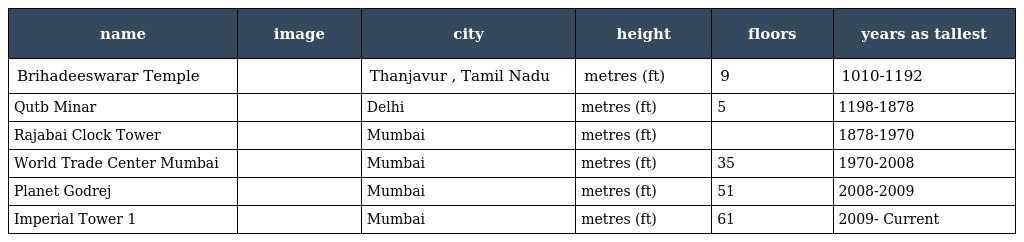
| name | image | city | height | floors | years as tallest |
 | --- | --- | --- | --- | --- | --- |
 | Brihadeeswarar Temple |  | Thanjavur , Tamil Nadu | metres (ft) | 9 | 1010-1192 |
 | Qutb Minar |  | Delhi | metres (ft) | 5 | 1198-1878 |
 | Rajabai Clock Tower |  | Mumbai | metres (ft) |  | 1878-1970 |
 | World Trade Center Mumbai |  | Mumbai | metres (ft) | 35 | 1970-2008 |
 | Planet Godrej |  | Mumbai | metres (ft) | 51 | 2008-2009 |
 | Imperial Tower 1 |  | Mumbai | metres (ft) | 61 | 2009- Current |